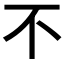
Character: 不